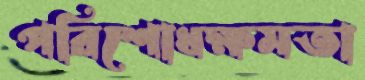
পরিশোধক্ষমতা